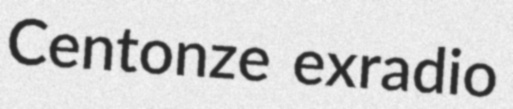
Centonze exradio